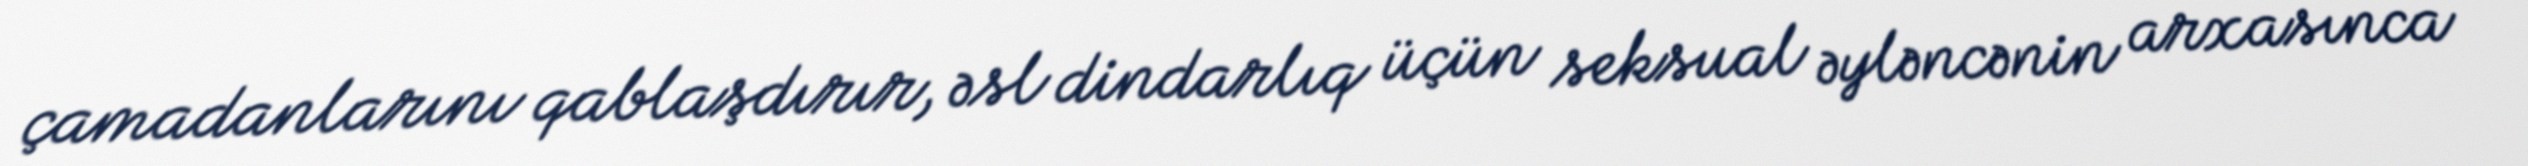
çamadanlarını qablaşdırır, əsl dindarlıq üçün seksual əyləncənin arxasınca